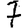
Digit: 7